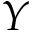
Y